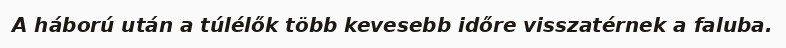
A háború után a túlélők több kevesebb időre visszatérnek a faluba.